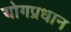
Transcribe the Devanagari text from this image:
योगप्रधान